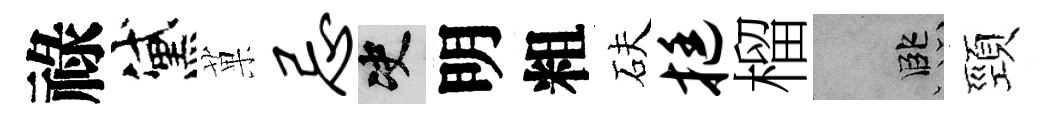
祿黛菓忌决明粗砆挺榴孟頸